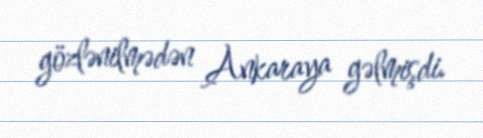
gözlənilmədən Ankaraya gəlmişdi.